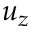
u _ { z }